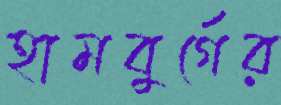
হামবুর্গের